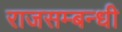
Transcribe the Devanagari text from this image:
राजसम्बन्धी